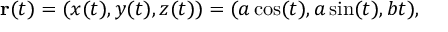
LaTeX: \mathbf { r } ( t ) = ( x ( t ) , y ( t ) , z ( t ) ) = ( a \cos ( t ) , a \sin ( t ) , b t ) ,